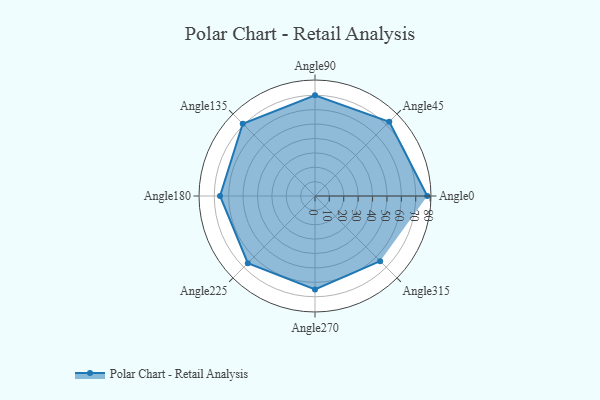
{"axis": {"x": "Angle", "y": "Radius"}, "legend": [""], "data": [{"x": "Angle0", "y": 78.0, "type": ""}, {"x": "Angle45", "y": 73.0, "type": ""}, {"x": "Angle90", "y": 70.0, "type": ""}, {"x": "Angle135", "y": 71.0, "type": ""}, {"x": "Angle180", "y": 66.0, "type": ""}, {"x": "Angle225", "y": 66.0, "type": ""}, {"x": "Angle270", "y": 65.0, "type": ""}, {"x": "Angle315", "y": 64.0, "type": ""}]}